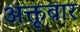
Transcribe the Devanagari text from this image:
अक्तूबार